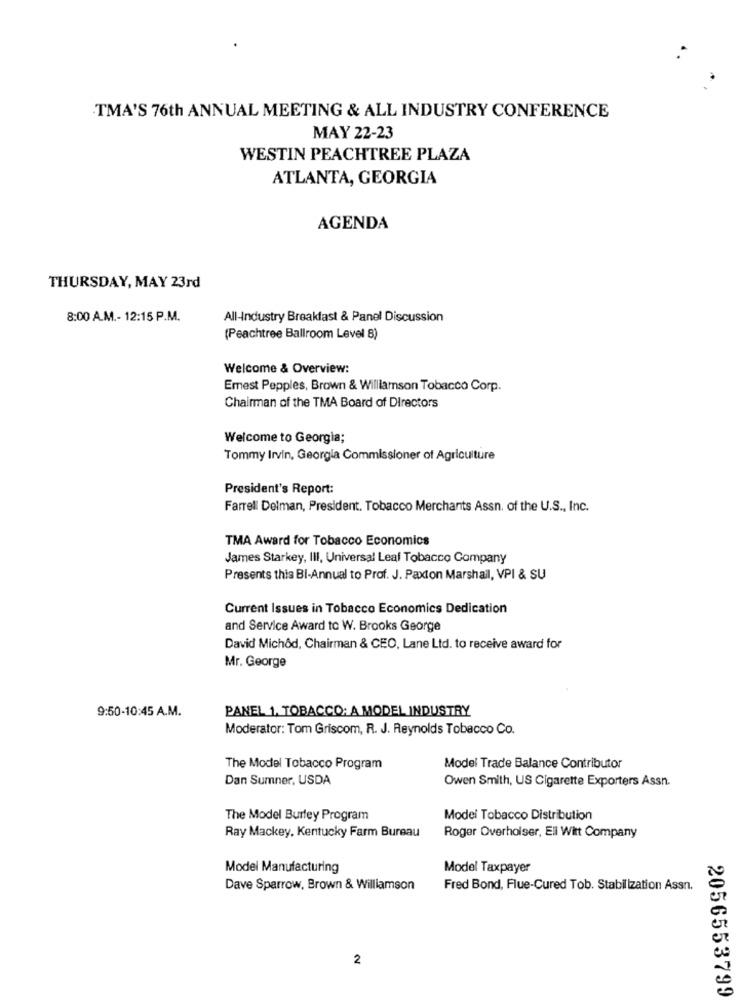
TMA'S 76th ANNUAL MEETING & ALL INDUSTRY CONFERENCE
MAY 22-23
WESTIN PEACHTREE PLAZA
ATLANTA, GEORGIA
AGENDA
THURSDAY, MAY 23rd
8:00 A.M .- 12:15 P.M.
All-Industry Breakfast & Panel Discussion
(Peachtree Ballroom Level 8)
Welcome & Overview:
Emest Pepples, Brown & Williamson Tobacco Corp.
Chairman of the TMA Board of Directors
Welcome to Georgia;
Tommy Irvin, Georgia Commissioner of Agriculture
President's Report:
Farrell Delman, President. Tobacco Merchants Assn. of the U.S ., Inc.
TMA Award for Tobacco Economics
James Starkey, III, Universal Leaf Tobacco Company
Presents this BI-Annual to Prof. J. Paxton Marshall, VPI & SU
Current Issues in Tobacco Economics Dedication
and Service Award to W. Brooks George
David Michôd, Chairman & CEO, Lane Ltd. to receive award for
Mr. George
9:50-10:45 A.M.
PANEL 1, TOBACCO: A MODEL INDUSTRY
Moderator: Tom Griscom, R. J. Reynolds Tobacco Co.
The Model Tobacco Program
Model Trade Balance Contributor
Dan Sumner, USDA
Owen Smith, US Cigarette Exporters Assn.
The Model Burfey Program
Model Tobacco Distribution
Ray Mackey, Kentucky Farm Bureau
Roger Overholser, Ell Witt Company
Model Manufacturing
Model Taxpayer
Dave Sparrow, Brown & Williamson
Fred Bond, Flue-Cured Tob. Stabilization Assn.
2
2056553799